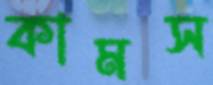
কামস